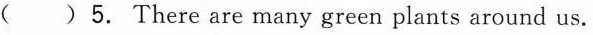
()5. There are many green plants around us.